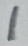
Text: 1